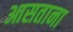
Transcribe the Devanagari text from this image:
आसताना